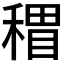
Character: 𥡏